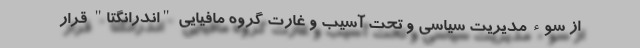
از سوء مدیریت سیاسی و تحت آسیب و غارت گروه مافیایی "اندرانگتا" قرار